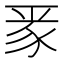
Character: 𮙛